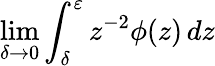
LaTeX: \operatorname*{lim}_{\delta\to 0}\int_{\delta}^{\varepsilon}z^{-2}\phi(z)\mathop{}\! {d{z}}